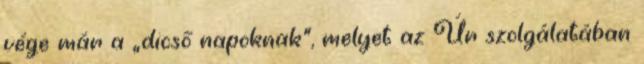
vége már a „dicső napoknak”, melyet az Úr szolgálatában